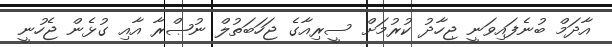
އާދަމް ބުނެފައިވަނީ ޖިހާދު ކުރުމަށް ސީރިއާގެ ޖަހަބަތުލް ނުޞްރާ އާއި ގުޅެން ޖެހުނީ